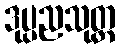
ဒုပ္ပညသုတ္တ